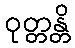
ဝုတ္တန္တိ